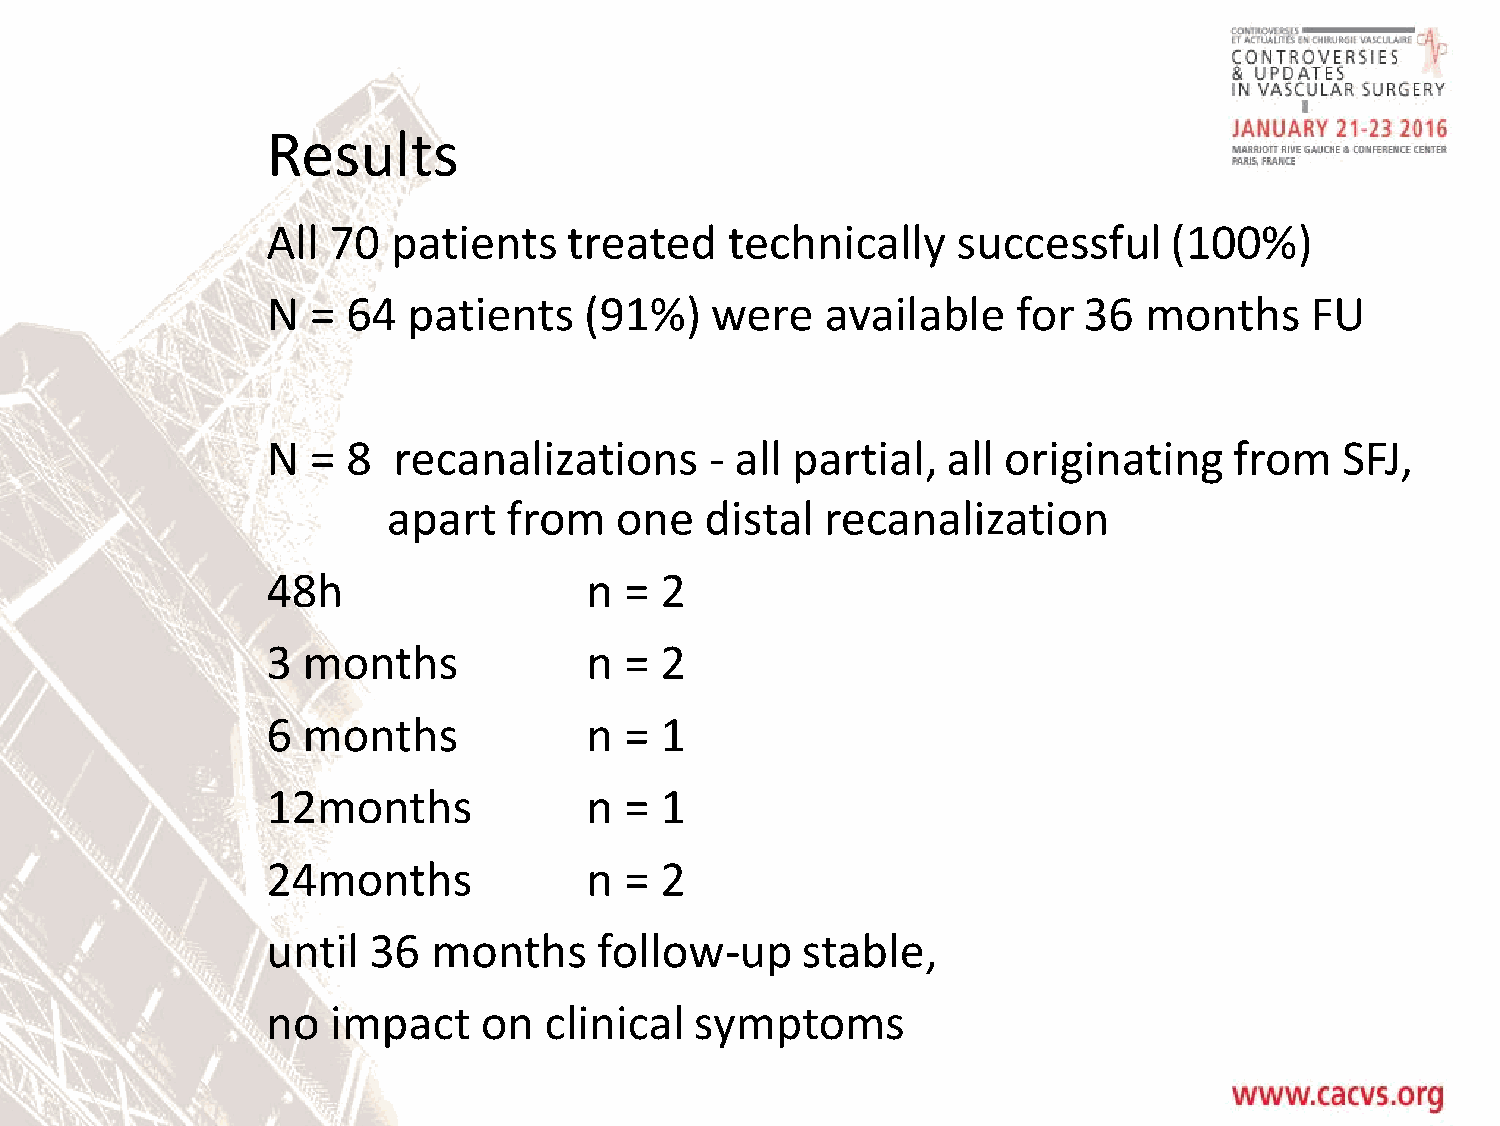
Results
 All 70  patients    treated   technically    successful    (100%)
 N  = 64  patients    (91%)   were    available   for  36  months     FU
 N  = 8  recanalizations      - all partial,  all originating    from   SFJ,
 apart   from   one   distal  recanalization
 48h                  n =  2
 3 months             n =  2
 6 months             n =  1
 12months             n =  1
 24months             n =  2
 until 36   months     follow-up    stable,
 no  impact    on  clinical  symptoms